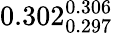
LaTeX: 0.302_{0.297}^{0.306}